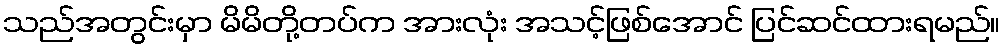
သည်အတွင်းမှာ မိမိတို့တပ်က အားလုံး အသင့်ဖြစ်အောင် ပြင်ဆင်ထားရမည်။